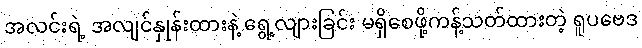
အလင်းရဲ့ အလျင်နှုန်းထားနဲ့ ရွေ့လျားခြင်း မရှိစေဖို့ကန့်သတ်ထားတဲ့ ရူပဗေဒ